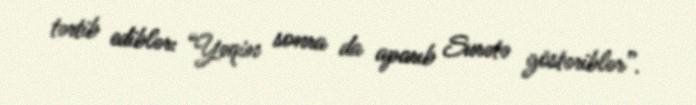
tərtib ediblər: “Yəqin sonra da aparıb Surətə göstəriblər”.